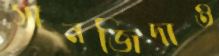
সানজিদাও